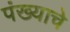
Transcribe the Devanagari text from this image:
पंख्याचे